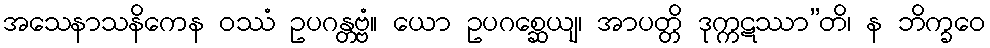
အသေနာသနိကေန ဝဿံ ဥပဂန္တဗ္ဗံ။ ယော ဥပဂစ္ဆေယျ၊ အာပတ္တိ ဒုက္ကဋဿာ”တိ၊ န ဘိက္ခဝေ